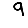
Digit: 9